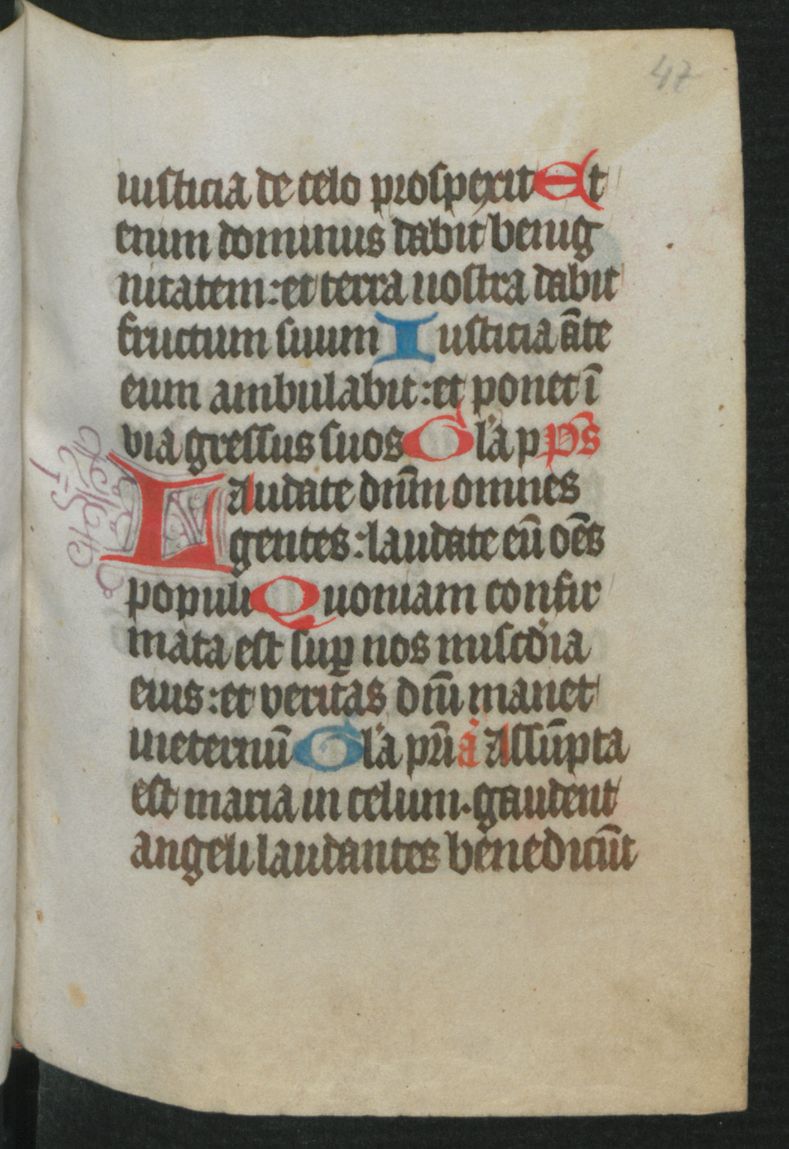
Shelfmark: Berlin, Staatsbibliothek, Hdschr. 25
Century: 15